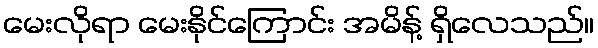
မေးလိုရာ မေးနိုင်ကြောင်း အမိန့် ရှိလေသည်။